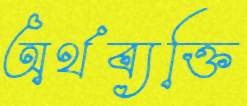
অর্থব্যক্তি